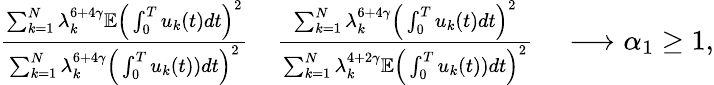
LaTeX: \begin{array}{rl}{\frac{\sum_{k=1}^{N}\lambda_{k}^{6+4\gamma}\mathbb E\Big(\int_{0}^{T}u_{k}(t)dt\Big)^{2}}{\sum_{k=1}^{N}\lambda_{k}^{6+4\gamma}\Big(\int_{0}^{T}u_{k}(t))dt\Big)^{2}}}&{\frac{\sum_{k=1}^{N}\lambda_{k}^{6+4\gamma}\Big(\int_{0}^{T}u_{k}(t)dt\Big)^{2}}{\sum_{k=1}^{N}\lambda_{k}^{4+2\gamma}\mathbb E\Big(\int_{0}^{T}u_{k}(t))dt\Big)^{2}}\quad\longrightarrow\alpha_{1}\ge 1,}\end{array}